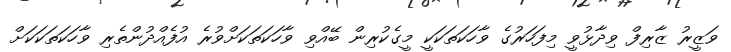
ވަޒީރު ޒާރިފް ވިދާޅުވީ މިފަހަރުގެ ވާހަކަތަަކަކީ މީގެކުރިން ބޭއްވި ވާހަކަތަކަށްވުރެ އުފެއްދުންތެރި ވާހަކަތަކަކަށް